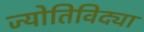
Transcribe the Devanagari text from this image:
ज्योतिविद्या